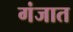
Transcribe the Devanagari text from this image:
गंजात